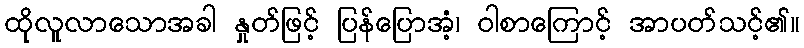
ထိုလူလာသောအခါ နှုတ်ဖြင့် ပြန်ပြောအံ့၊ ဝါစာကြောင့် အာပတ်သင့်၏။